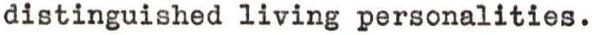
distinguished living personalities.